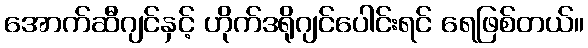
အောက်ဆီဂျင်နှင့် ဟိုက်ဒရိုဂျင်ပေါင်းရင် ရေဖြစ်တယ်။